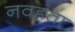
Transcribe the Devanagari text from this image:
नवहता